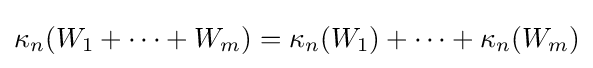
\kappa _{n}(W_{1}+\cdots +W_{m})=\kappa _{n}(W_{1})+\cdots +\kappa _{n}(W_{m})